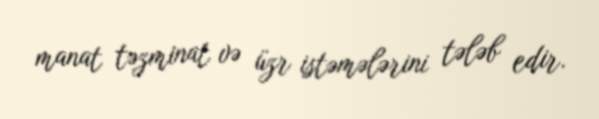
manat təzminat və üzr istəmələrini tələb edir.